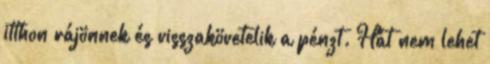
itthon rájönnek és visszakövetelik a pénzt. Hát nem lehet